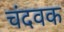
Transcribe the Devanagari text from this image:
चंदवक